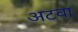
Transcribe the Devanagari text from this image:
अटवा